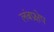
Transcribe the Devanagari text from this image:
लंबप्रक्षेप